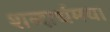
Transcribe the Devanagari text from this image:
शब्दार्थमय।